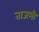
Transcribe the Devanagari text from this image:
ताजमी